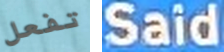
تفعل Said